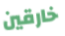
خارقين